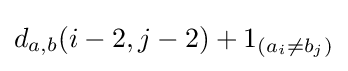
d_{a,b}(i-2,j-2)+1_{(a_{i}\neq b_{j})}